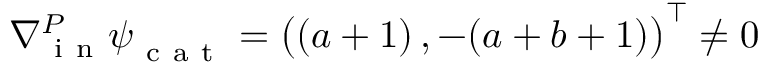
\nabla { } _ { \mathrm { ~ i ~ n ~ } } ^ { P } \boldsymbol \psi _ { \mathrm { ~ c ~ a ~ t ~ } } = \big ( ( a + 1 ) \, , - ( a + b + 1 ) \big ) ^ { \intercal } \neq 0